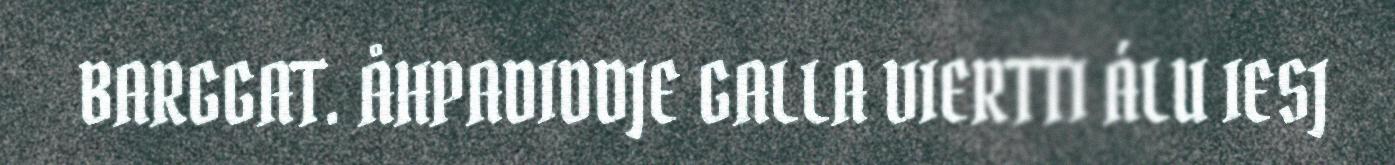
BARGGAT. ÅHPADIDDJE GALLA VIERTTI ÁLU IESJ